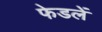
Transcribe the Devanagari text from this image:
फेडलें